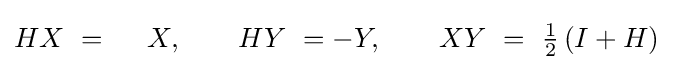
HX~=~~~~X,\qquad HY~=-Y,\qquad XY~=~{\tfrac {1}{2}}\left(I+H\right)